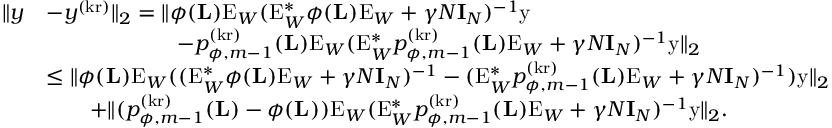
\begin{array} { r l } { \| y } & { - y ^ { ( \mathrm { k r } ) } \| _ { 2 } = \| \phi ( \mathbf { L } ) \mathrm { E } _ { W } ( \mathrm { E } _ { W } ^ { * } \phi ( \mathbf { L } ) \mathrm { E } _ { W } + \gamma N \mathbf { I } _ { N } ) ^ { - 1 } \mathrm { y } } \\ & { \qquad \qquad \qquad - p _ { \phi , m - 1 } ^ { ( \mathrm { k r } ) } ( \mathbf { L } ) \mathrm { E } _ { W } ( \mathrm { E } _ { W } ^ { * } p _ { \phi , m - 1 } ^ { ( \mathrm { k r } ) } ( \mathbf { L } ) \mathrm { E } _ { W } + \gamma N \mathbf { I } _ { N } ) ^ { - 1 } \mathrm { y } \| _ { 2 } } \\ & { \leq \| \phi ( \mathbf { L } ) \mathrm { E } _ { W } ( ( \mathrm { E } _ { W } ^ { * } \phi ( \mathbf { L } ) \mathrm { E } _ { W } + \gamma N \mathbf { I } _ { N } ) ^ { - 1 } - ( \mathrm { E } _ { W } ^ { * } p _ { \phi , m - 1 } ^ { ( \mathrm { k r } ) } ( \mathbf { L } ) \mathrm { E } _ { W } + \gamma N \mathbf { I } _ { N } ) ^ { - 1 } ) \mathrm { y } \| _ { 2 } } \\ & { \qquad + \| ( p _ { \phi , m - 1 } ^ { ( \mathrm { k r } ) } ( \mathbf { L } ) - \phi ( \mathbf { L } ) ) \mathrm { E } _ { W } ( \mathrm { E } _ { W } ^ { * } p _ { \phi , m - 1 } ^ { ( \mathrm { k r } ) } ( \mathbf { L } ) \mathrm { E } _ { W } + \gamma N \mathbf { I } _ { N } ) ^ { - 1 } \mathrm { y } \| _ { 2 } . } \end{array}